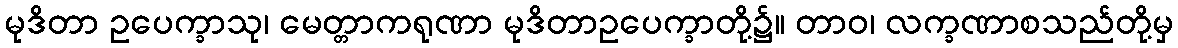
မုဒိတာ ဥပေက္ခာသု၊ မေတ္တာကရုဏာ မုဒိတာဥပေက္ခာတို့၌။ တာဝ၊ လက္ခဏာစသည်တို့မှ